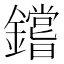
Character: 𰽐